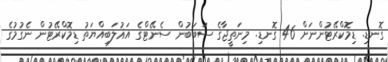
ގޮނޑި. ޑިމޮކްރޭޓުންނަށް 46 ގޮނޑި. މިނަތީޖާގެ ސަބަބުން ސެނޭޓްގެ އަޣުލަބިއްޔަތު ޑިމޮކްރޭޓުން ނެގުމުގެ